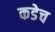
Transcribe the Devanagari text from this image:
कडेच